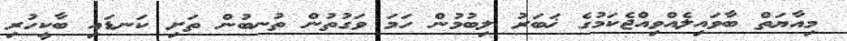
މިއާޔަތް ބާވައިލެއްވިއްޖެކަމުގެ ޚަބަރު ލިބުމުން ހަމަ ވަގުތުން ތުނބުން ތަށި ކަނޑައި ބާކީހުރި